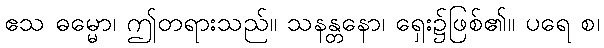
ဧသ ဓမ္မော၊ ဤတရားသည်။ သနန္တနော၊ ရှေး၌ဖြစ်၏။ ပရေ စ၊